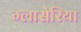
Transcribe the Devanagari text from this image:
ग्लासेरिया